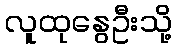
လူထုနွေဦးသို့